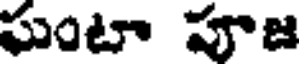
ఘంటా పూజ